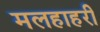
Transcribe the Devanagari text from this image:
मलहाहरी